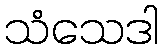
သံသေဒါ